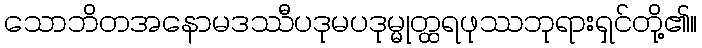
သောဘိတအနောမဒဿီပဒုမပဒုမ္မုတ္ထရဖုဿဘုရားရှင်တို့၏။